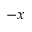
- x